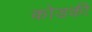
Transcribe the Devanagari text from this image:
कोडकी